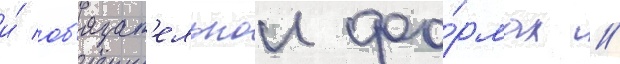
и́ об'язат'ельнои фо́рмах //